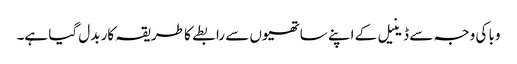
وبا کی وجہ سے ڈینیل کے اپنے ساتھیوں سے رابطے کا طریقہ کار بدل گیا ہے۔